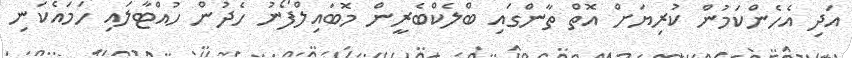
އަދި އެހެންކަމުން ކުރިޔަށް އޮތް ތާންގައި ބްލެކްބެރީން މޮބައިލްފޯނު ހެދުން ހުއްޓާލައި ހަމައެކަނި